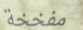
مفخخة